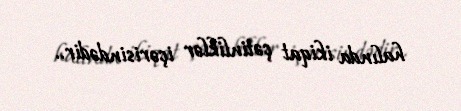
halında ikiqat çətinliklər içərisindədir..